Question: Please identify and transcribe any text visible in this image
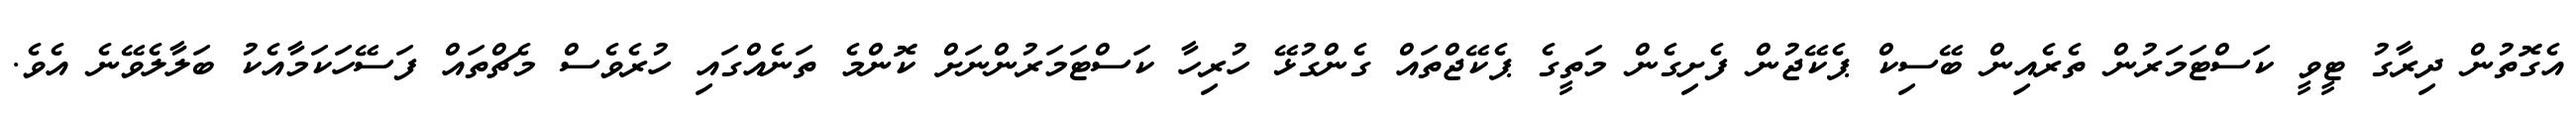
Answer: އެގޮތުން ދިރާގު ޓީވީ ކަސްޓަމަރުން ތެރެއިން ބޭސިކް ޕެކޭޖުން ފެށިގެން މަތީގެ ޕެކޭޖްތައް ގެންގުޅޭ ހުރިހާ ކަސްޓަމަރުންނަށް ކޮންމެ ތަނެއްގައި ހުރެވެސް މެޗްތައް ފަސޭހަކަމާއެކު ބަލާލެވޭނެ އެވެ.